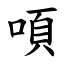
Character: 㖽